system: You are a helpful assistant.
user:
Analyze the provided spectrum to determine if it is a **M-type Giant (gM)**.

A M-type Giant spectrum is defined by its **strong molecular absorption** features, particularly from **Titanium Oxide (TiO)**. You must check for one of the following mutually exclusive signatures:

- **Key Visual Indicators (Absorption-Dominated Spectrum):**

    - **(Primary):** The spectrum is dominated by strong molecular absorption from **Titanium Oxide (TiO)**. This is the **defining feature** of its M-type temperature class.
        - **(Key Bandheads):** Look for sharp, "saw-tooth" absorption valleys. The strongest are located near **~7050 Å**, **~6160 Å**, and **~5170 Å**.
        - **(Line Profile):** The "saw-tooth" morphology is critical: a **sharp, steep drop on the BLUE (short-wavelength) side** of the bandhead, followed by a gradual recovery (rising flux) towards the RED (long-wavelength) side.

    - **(Key Confirmation - Giant vs. Dwarf):** **ABSENCE** of strong **Calcium Hydride (CaH)** molecular bands. This is the primary diagnostic for *excluding* M-dwarfs.
        - **(Key Region):** The spectrum should lack the strong, broad absorption band seen in dwarfs between **~6800 Å and ~7000 Å**.

    - **(Secondary Confirmation - Giant):** A very strong and broad **Neutral Calcium (Ca I)** atomic absorption line.
        - **(Key Line):** Located at **~4226 Å**. In a giant (gM), this line is significantly deeper and broader than the same line in an M-dwarf (dM) due to low surface gravity.

    - **(Overall Spectrum):**
        - The continuum is **extremely red-sloping** (i.e., flux is very low in the blue and rises dramatically towards the red).
        - The entire spectrum appears "chopped up" by the deep TiO bands.

Think first, call **spectral_visualization_tool** if needed to examine features in detail, then provide your final answer. Your response must adhere to the following strict rules:
1.  **Overall Structure:** Your response must follow the format `<think>...</think> <tool_call>...</tool_call> (if a tool is used) <answer>...</answer>`.
2.  **Tool Usage Constraint:** You may only make **one** tool call per turn.
3.  **Final Answer Format:** In the `<answer>` tag, your conclusion must be inside a `\boxed{}` command (e.g., `\boxed{YES}` or `\boxed{NO}`), followed by your justification.

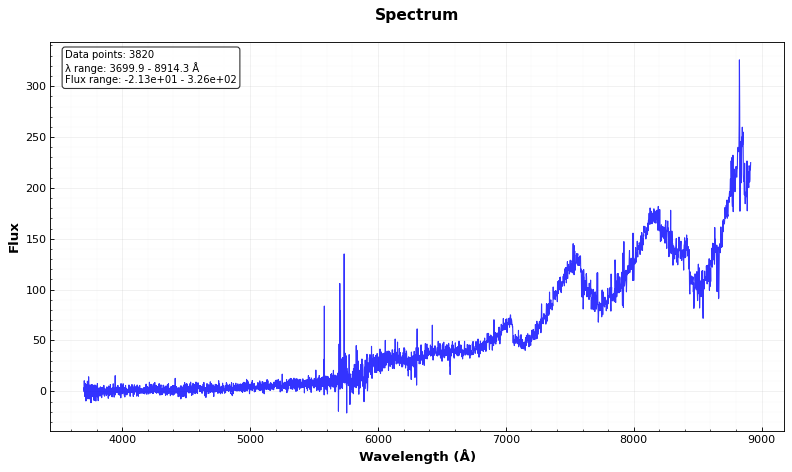
Answer: YES